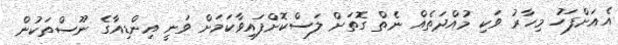
އެއަށްފަހު މިހާރު ވަކި މުއްދަތެއް ނެތް ގޮތަށް ލަސްކޮށްފައިވާކަމަށް ވަނީ އިންޑިއާގެ ނޫސްތަކުން